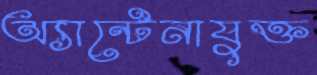
অ্যান্টেনাযুক্ত